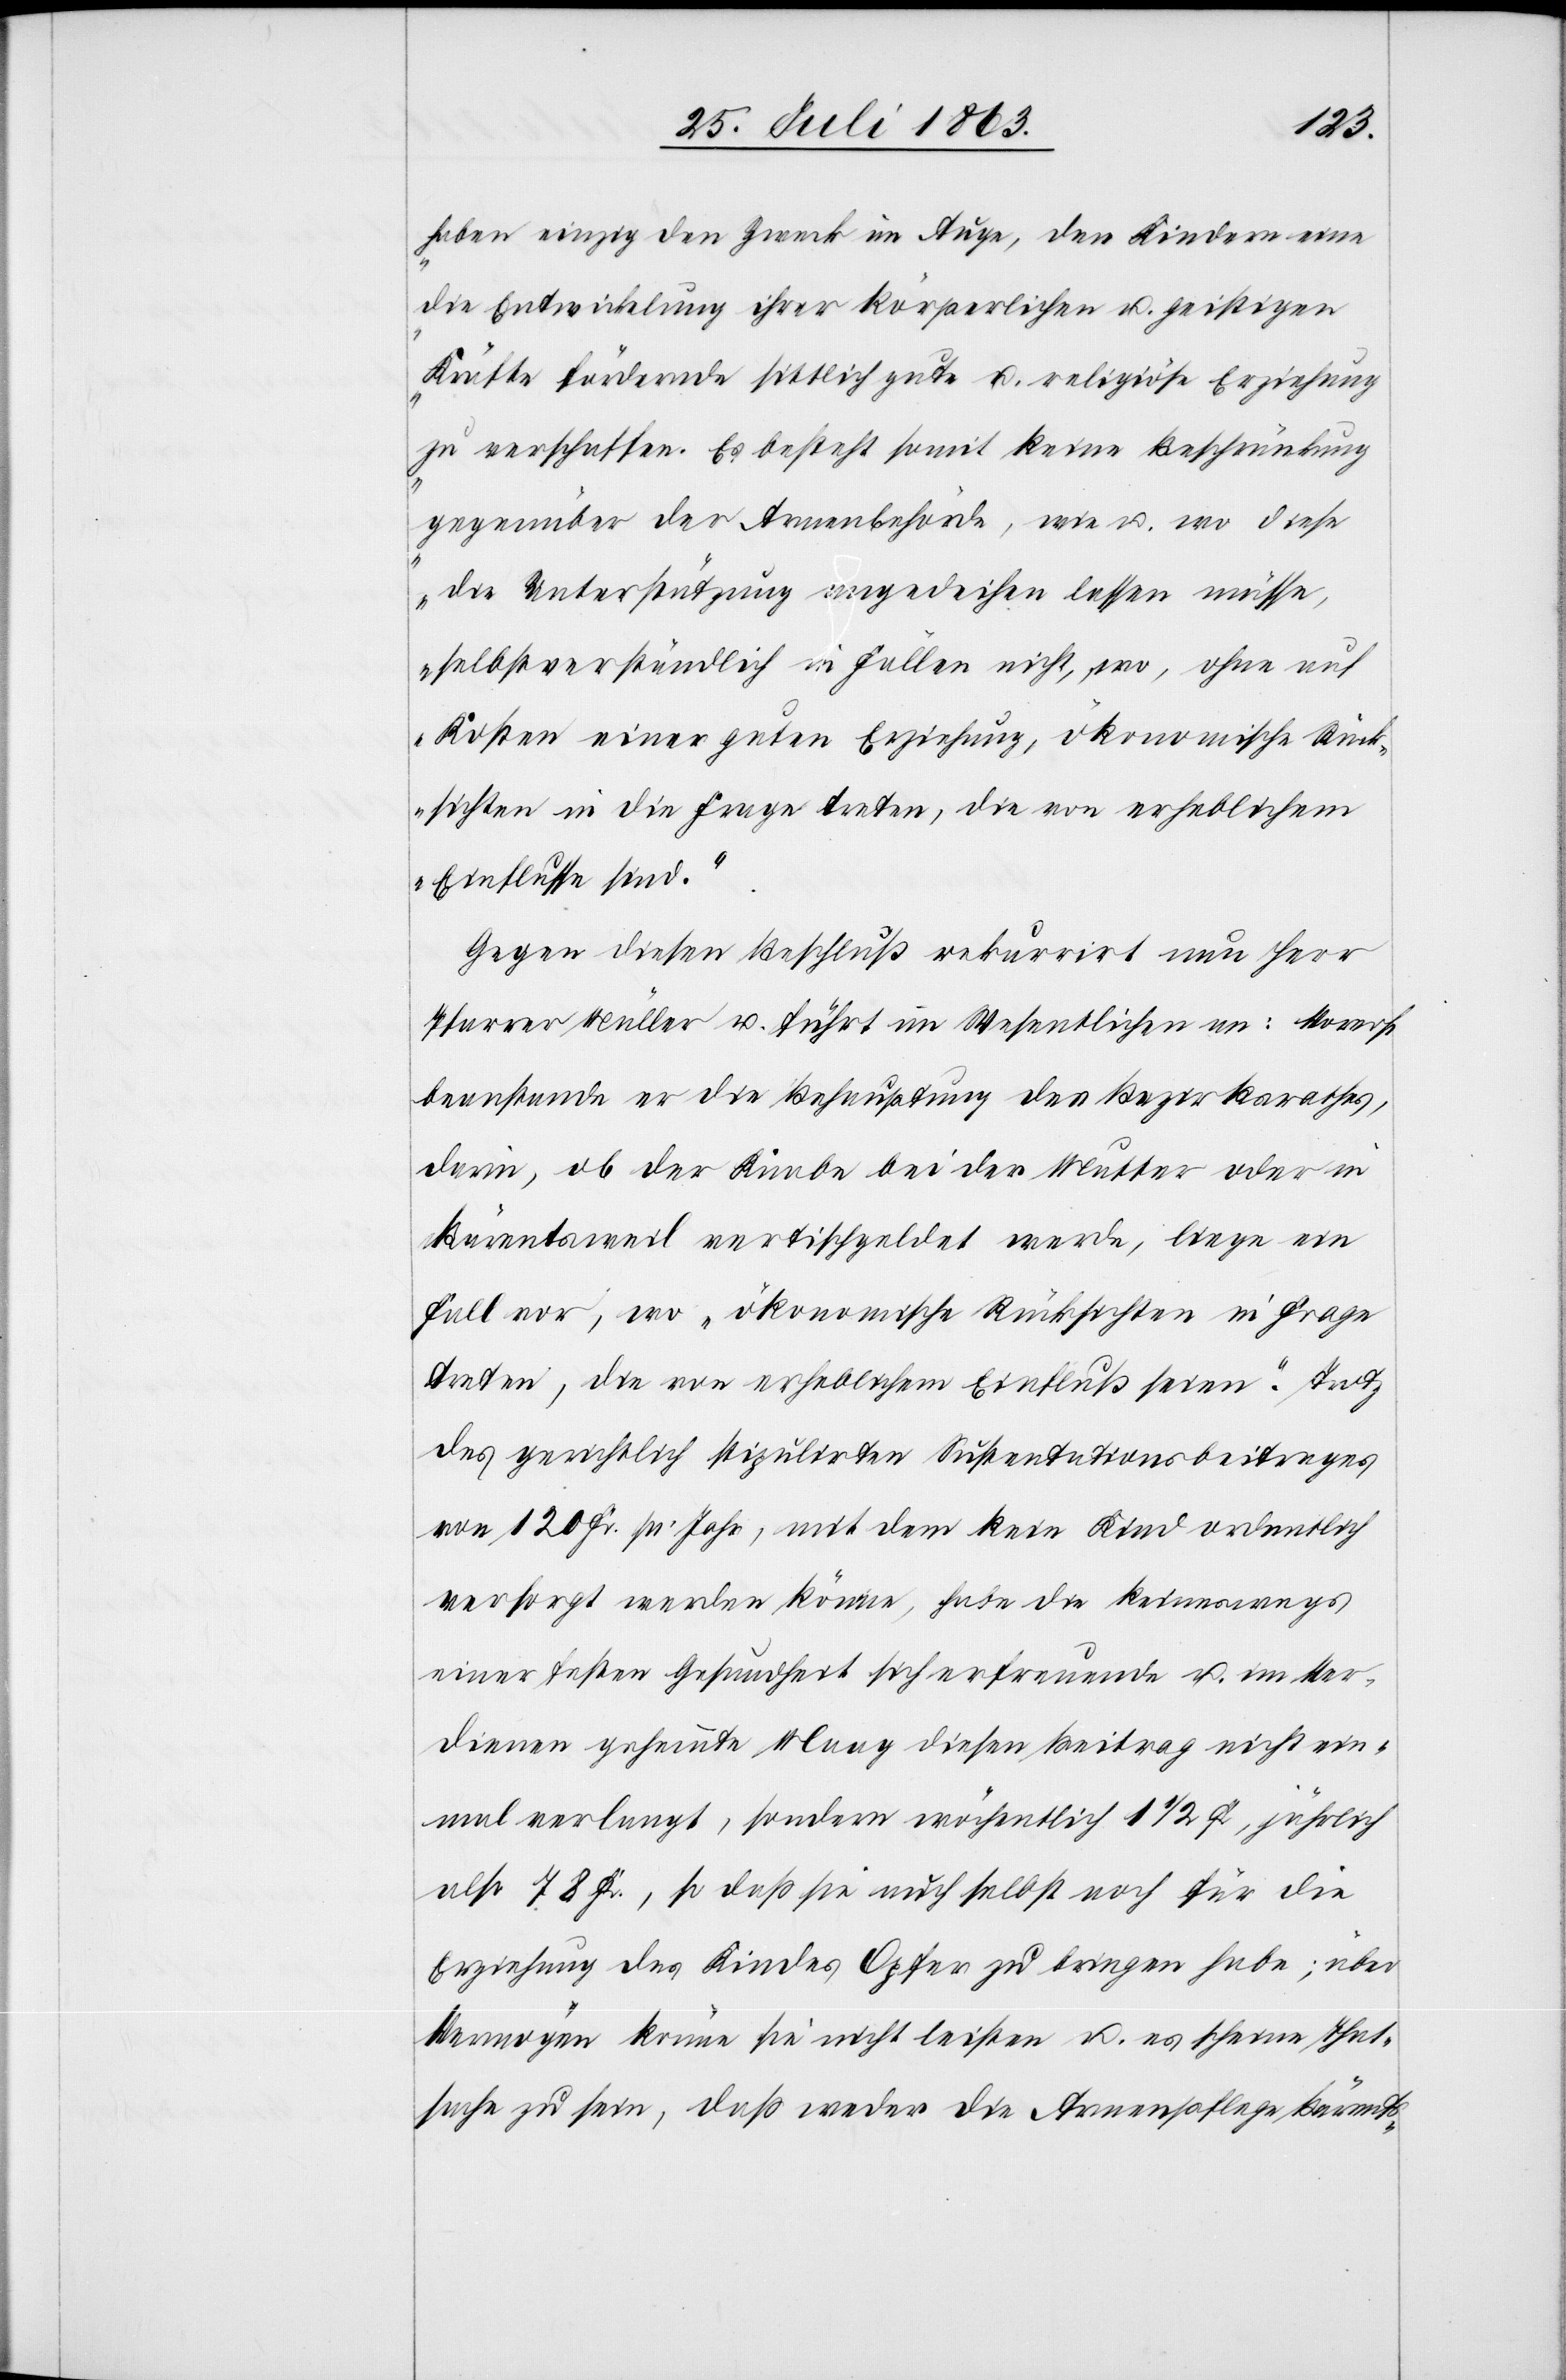
haben einzig den Zweck im Auge, den Kindern eine
die Entwickelung ihrer körperlichen u. geistigen
Kräfte fördernde sittlich gute u. religiöse Erziehung
zu verschaffen. Es besteht somit keine Beschränkung
gegenüber der Armenbehörde, wie u. wo diese
die Unterstützung angedeihen lassen müsse,
selbstverständlich in Fällen nicht, wo, ohne auf
Kosten einer guten Erziehung, ökonomische Rück¬
sichten in die Frage treten, die von erheblichem
Einflusse sind.“
Gegen diesen Beschluß rekurrirt nun Herr
Pfarrer Müller u. führt im Wesentlichen an: Vorerst
beanstande er die Behauptung des Bezirksrathes,
darin, ob der Knabe bei der Mutter oder in
Bärentsweil vertischgeldet werde, liege ein
Fall vor, wo „ökonomische Rücksichten in Frage
treten, die von erheblichem Einfluß seien“. Trotz
des gerichtlich stipulirten Sustentationsbeitrages
von 120 Fr. pr. Jahr, mit dem kein Kind ordentlich
versorgt werden könne, habe die keineswegs
einer festen Gesundheit sich erfreuende u. im Ver¬
dienen gehemmte Maag diesen Beitrag nicht ein¬
mal verlangt, sondern wöchentlich 1 1/2 Fr, jährlich
also 78 Fr., so daß sie auch selbst noch für die
Erziehung des Kindes Opfer zu bringen habe; über
Vermögen könne sie nicht leisten u. es scheine That¬
sache zu sein, daß weder die Armenpflege Bärents-